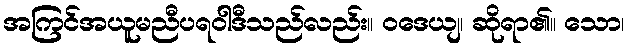
အကြင်အယူမညီပရဝါဒီသည်လည်း။ ဝဒေယျ၊ ဆိုရာ၏။ သော၊